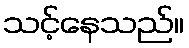
သင့်နေသည်။